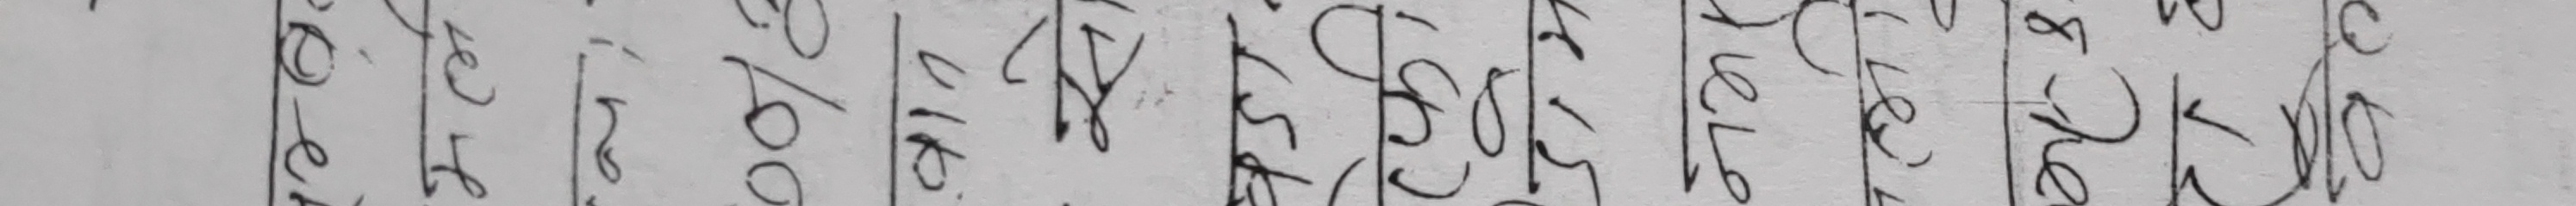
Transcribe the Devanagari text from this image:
8-he
Tele
415
(क)
वडा.
सो
viki
2/00
-ino.
-
मल
De